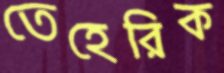
তেহেরিক